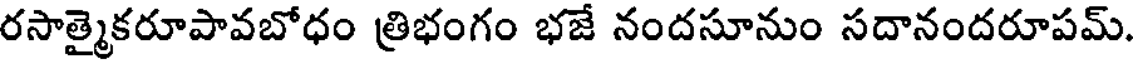
రసాత్మైకరూపావబోధం త్రిభంగం భజే నందసూనుం సదానందరూపమ్.